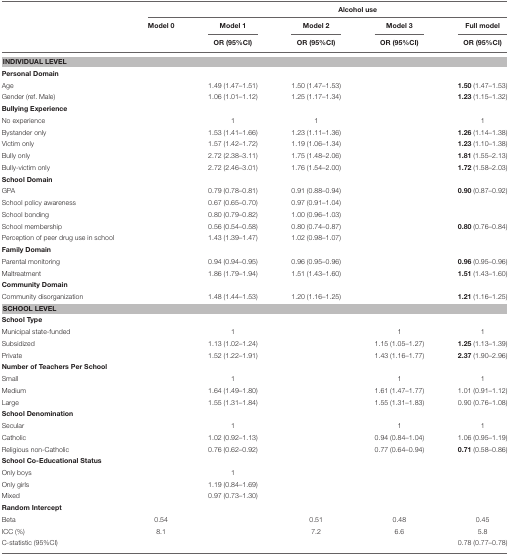
<table><thead><tr><td></td><td></td><td colspan="4"><b>Alcohol use</b></td></tr><tr><td></td><td><b>Model 0</b></td><td><b>Model 1</b></td><td><b>Model 2</b></td><td><b>Model 3</b></td><td><b>Full model</b></td></tr><tr><td></td><td></td><td><b>OR (95%CI)</b></td><td><b>OR (95%CI)</b></td><td><b>OR (95%CI)</b></td><td><b>OR (95%CI)</b></td></tr></thead><tbody><tr><td colspan="6"><b>INDIVIDUAL LEVEL</b></td></tr><tr><td colspan="6"><b>Personal Domain</b></td></tr><tr><td>Age</td><td></td><td>1.49 (1.47–1.51)</td><td>1.50 (1.47–1.53)</td><td></td><td><b>1.50</b> (1.47–1.53)</td></tr><tr><td>Gender (ref. Male)</td><td></td><td>1.06 (1.01–1.12)</td><td>1.25 (1.17–1.34)</td><td></td><td><b>1.23</b> (1.15–1.32)</td></tr><tr><td colspan="6"><b>Bullying Experience</b></td></tr><tr><td>No experience</td><td></td><td>1</td><td>1</td><td></td><td>1</td></tr><tr><td>Bystander only</td><td></td><td>1.53 (1.41–1.66)</td><td>1.23 (1.11–1.36)</td><td></td><td><b>1.26</b> (1.14–1.38)</td></tr><tr><td>Victim only</td><td></td><td>1.57 (1.42–1.72)</td><td>1.19 (1.06–1.34)</td><td></td><td><b>1.23</b> (1.10–1.38)</td></tr><tr><td>Bully only</td><td></td><td>2.72 (2.38–3.11)</td><td>1.75 (1.48–2.06)</td><td></td><td><b>1.81</b> (1.55–2.13)</td></tr><tr><td>Bully-victim only</td><td></td><td>2.72 (2.46–3.01)</td><td>1.76 (1.54–2.00)</td><td></td><td><b>1.72</b> (1.58–2.03)</td></tr><tr><td colspan="6"><b>School Domain</b></td></tr><tr><td>GPA</td><td></td><td>0.79 (0.78–0.81)</td><td>0.91 (0.88–0.94)</td><td></td><td><b>0.90</b> (0.87–0.92)</td></tr><tr><td>School policy awareness</td><td></td><td>0.67 (0.65–0.70)</td><td>0.97 (0.91–1.04)</td><td></td><td></td></tr><tr><td>School bonding</td><td></td><td>0.80 (0.79–0.82)</td><td>1.00 (0.96–1.03)</td><td></td><td></td></tr><tr><td>School membership</td><td></td><td>0.56 (0.54–0.58)</td><td>0.80 (0.74–0.87)</td><td></td><td><b>0.80</b> (0.76–0.84)</td></tr><tr><td>Perception of peer drug use in school</td><td></td><td>1.43 (1.39–1.47)</td><td>1.02 (0.98–1.07)</td><td></td><td></td></tr><tr><td colspan="6"><b>Family Domain</b></td></tr><tr><td>Parental monitoring</td><td></td><td>0.94 (0.94–0.95)</td><td>0.96 (0.95–0.96)</td><td></td><td><b>0.96</b> (0.95–0.96)</td></tr><tr><td>Maltreatment</td><td></td><td>1.86 (1.79–1.94)</td><td>1.51 (1.43–1.60)</td><td></td><td><b>1.51</b> (1.43–1.60)</td></tr><tr><td colspan="6"><b>Community Domain</b></td></tr><tr><td>Community disorganization</td><td></td><td>1.48 (1.44–1.53)</td><td>1.20 (1.16–1.25)</td><td></td><td><b>1.21</b> (1.16–1.25)</td></tr><tr><td colspan="6"><b>SCHOOL LEVEL</b></td></tr><tr><td colspan="6"><b>School Type</b></td></tr><tr><td>Municipal state-funded</td><td></td><td>1</td><td></td><td>1</td><td>1</td></tr><tr><td>Subsidized</td><td></td><td>1.13 (1.02–1.24)</td><td></td><td>1.15 (1.05–1.27)</td><td><b>1.25</b> (1.13–1.39)</td></tr><tr><td>Private</td><td></td><td>1.52 (1.22–1.91)</td><td></td><td>1.43 (1.16–1.77)</td><td><b>2.37</b> (1.90–2.96)</td></tr><tr><td colspan="6"><b>Number of Teachers Per School</b></td></tr><tr><td>Small</td><td></td><td>1</td><td></td><td>1</td><td>1</td></tr><tr><td>Medium</td><td></td><td>1.64 (1.49–1.80)</td><td></td><td>1.61 (1.47–1.77)</td><td>1.01 (0.91–1.12)</td></tr><tr><td>Large</td><td></td><td>1.55 (1.31–1.84)</td><td></td><td>1.55 (1.31–1.83)</td><td>0.90 (0.76–1.08)</td></tr><tr><td colspan="6"><b>School Denomination</b></td></tr><tr><td>Secular</td><td></td><td>1</td><td></td><td>1</td><td>1</td></tr><tr><td>Catholic</td><td></td><td>1.02 (0.92–1.13)</td><td></td><td>0.94 (0.84–1.04)</td><td>1.06 (0.95–1.19)</td></tr><tr><td>Religious non-Catholic</td><td></td><td>0.76 (0.62–0.92)</td><td></td><td>0.77 (0.64–0.94)</td><td><b>0.71</b> (0.58–0.86)</td></tr><tr><td colspan="6"><b>School Co-Educational Status</b></td></tr><tr><td>Only boys</td><td></td><td>1</td><td></td><td></td><td></td></tr><tr><td>Only girls</td><td></td><td>1.19 (0.84–1.69)</td><td></td><td></td><td></td></tr><tr><td>Mixed</td><td></td><td>0.97 (0.73–1.30)</td><td></td><td></td><td></td></tr><tr><td colspan="6"><b>Random Intercept</b></td></tr><tr><td>Beta</td><td>0.54</td><td></td><td>0.51</td><td>0.48</td><td>0.45</td></tr><tr><td>ICC (%)</td><td>8.1</td><td></td><td>7.2</td><td>6.6</td><td>5.8</td></tr><tr><td>C-statistic (95%CI)</td><td></td><td></td><td></td><td></td><td>0.78 (0.77–0.78)</td></tr></tbody></table>